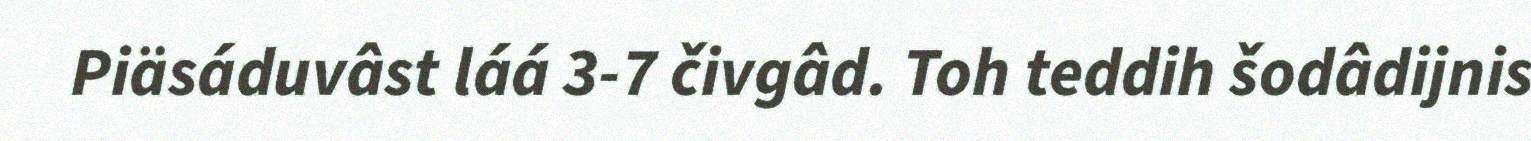
Piäsáduvâst láá 3-7 čivgâd. Toh teddih šodâdijnis